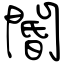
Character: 閽